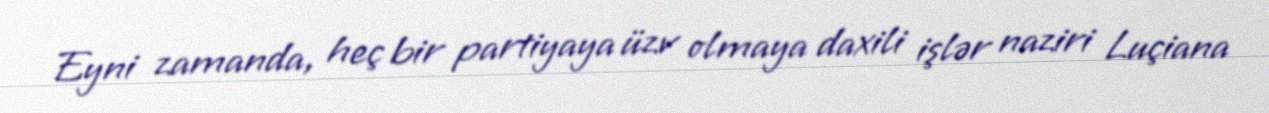
Eyni zamanda, heç bir partiyaya üzv olmaya daxili işlər naziri Luçiana